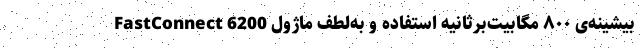
بیشینه‌ی ۸۰۰ مگابیت‌برثانیه استفاده و به‌لطف ماژول FastConnect 6200